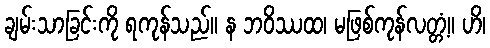
ချမ်းသာခြင်းကို ရကုန်သည်။ န ဘဝိဿထ၊ မဖြစ်ကုန်လတ္တံ့။ ဟိ၊